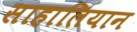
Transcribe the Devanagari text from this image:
साहालियान